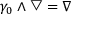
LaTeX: \gamma _ { 0 } \wedge \bigtriangledown = \nabla